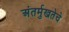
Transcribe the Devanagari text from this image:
अंतर्मुखतेचे